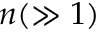
n ( \gg 1 )